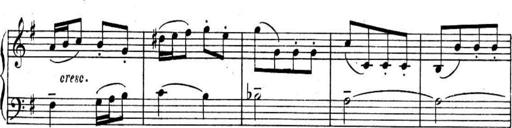
Title: Sonatines
Composer: Hedwige ChrÃ©tien